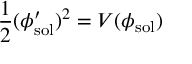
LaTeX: \frac { 1 } { 2 } ( \phi _ { \mathrm { s o l } } ^ { \prime } ) ^ { 2 } = V ( \phi _ { \mathrm { s o l } } )